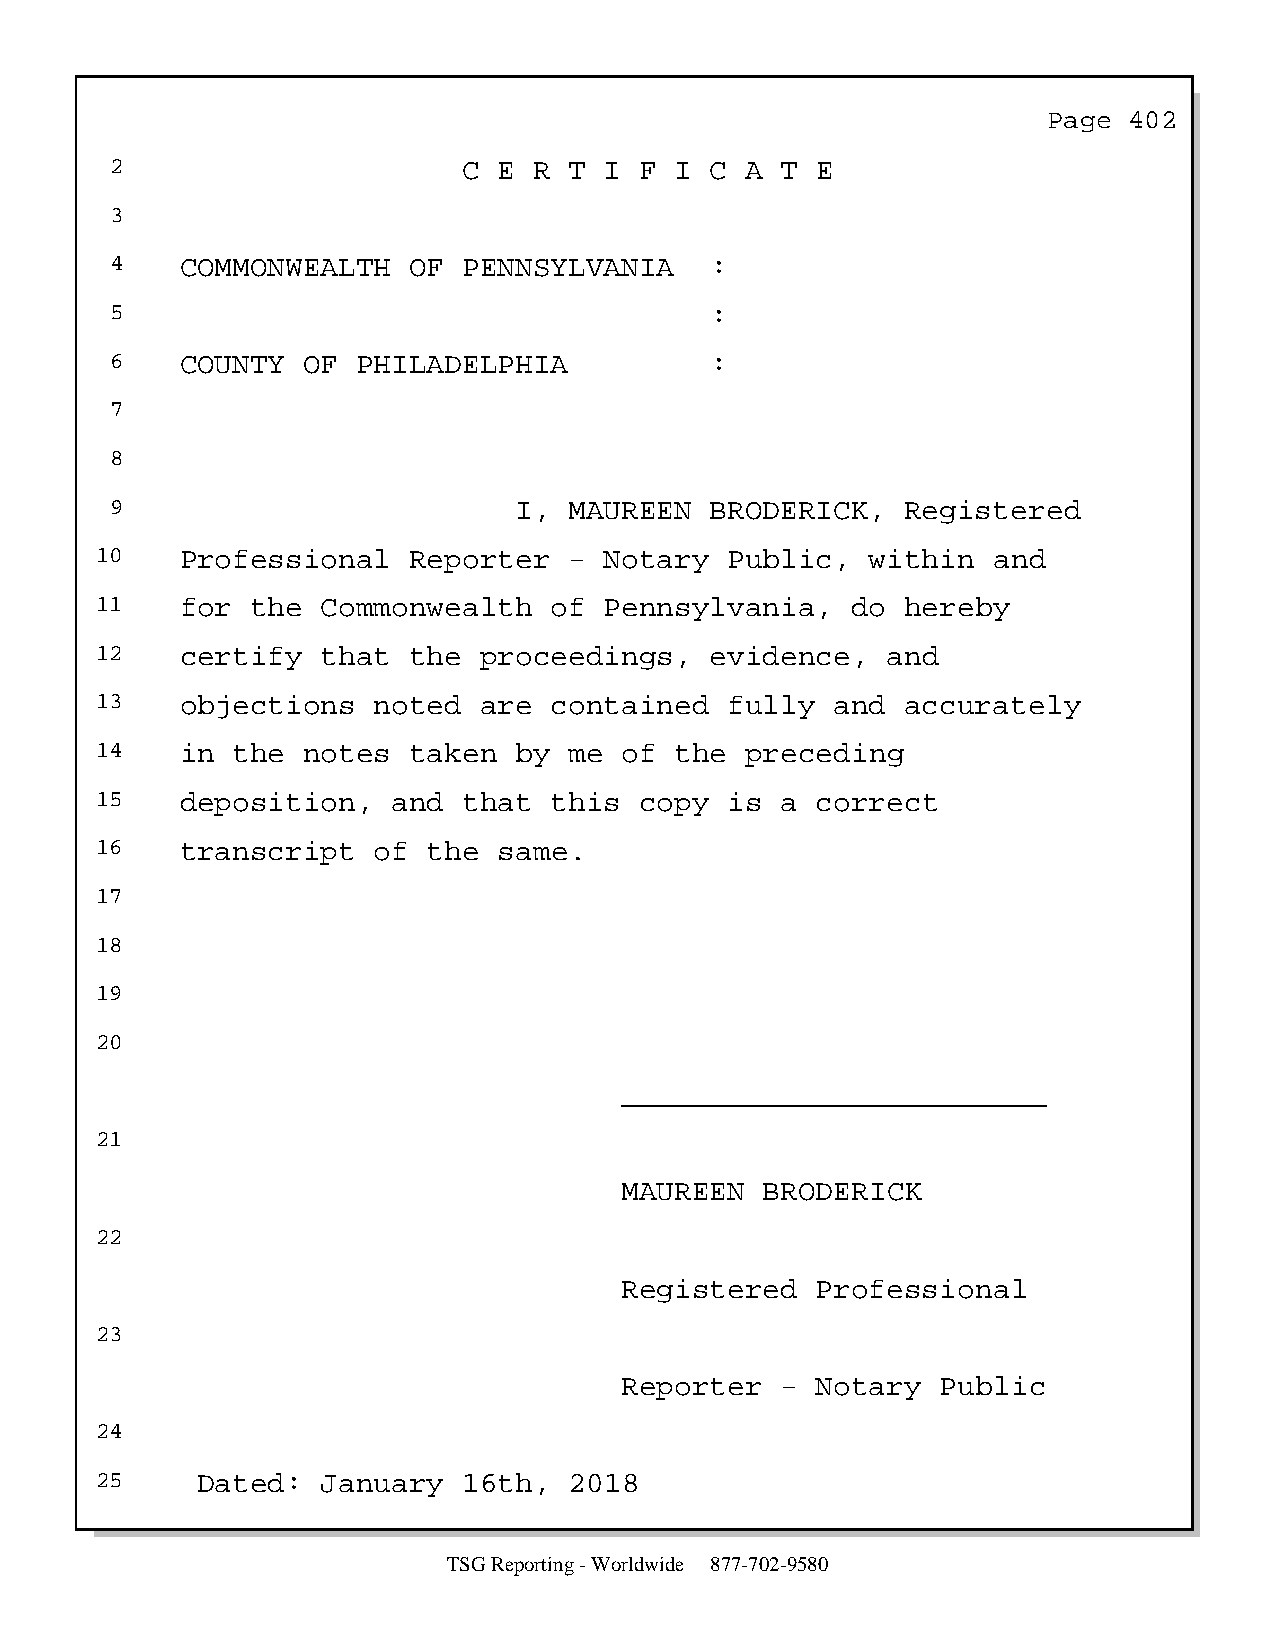
Page  402
 2                       C E R  T I F  I C A  T E
 3
 4    COMMONWEALTH   OF  PENNSYLVANIA    :
 5                                       :
 6    COUNTY  OF  PHILADELPHIA           :
 7
 8
 9                          I,  MAUREEN  BRODERICK,   Registered
 10    Professional   Reporter   - Notary  Public,   within  and
 11    for  the Commonwealth   of  Pennsylvania,   do  hereby
 12    certify  that  the  proceedings,   evidence,   and
 13    objections   noted  are contained   fully  and  accurately
 14    in the  notes  taken  by  me of  the preceding
 15    deposition,   and  that this  copy  is  a correct
 16    transcript   of the  same.
 17
 18
 19
 20
 ________________________
 21
 MAUREEN   BRODERICK
 22
 Registered   Professional
 23
 Reporter   - Notary  Public
 24
 25     Dated:  January   16th,  2018
 TSG Reporting - Worldwide 877-702-9580